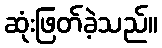
ဆုံးဖြတ်ခဲ့သည်။